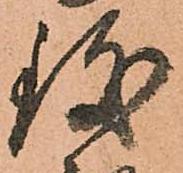
致